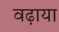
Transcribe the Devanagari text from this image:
वढ़ाया